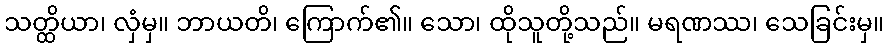
သတ္ထိယာ၊ လှံမှ။ ဘာယတိ၊ ကြောက်၏။ သော၊ ထိုသူတို့သည်။ မရဏဿ၊ သေခြင်းမှ။